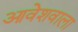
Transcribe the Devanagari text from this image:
आवेशवाला